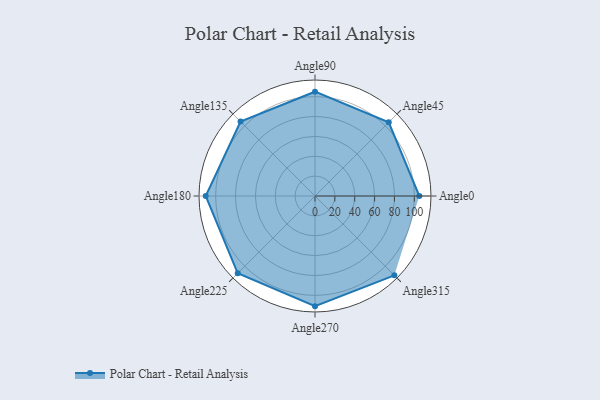
{"axis": {"x": "Angle", "y": "Radius"}, "legend": [""], "data": [{"x": "Angle0", "y": 105.0, "type": ""}, {"x": "Angle45", "y": 105.0, "type": ""}, {"x": "Angle90", "y": 105.0, "type": ""}, {"x": "Angle135", "y": 106.0, "type": ""}, {"x": "Angle180", "y": 110.0, "type": ""}, {"x": "Angle225", "y": 110.0, "type": ""}, {"x": "Angle270", "y": 111.0, "type": ""}, {"x": "Angle315", "y": 113.0, "type": ""}]}